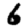
Digit: 6